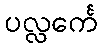
ပလ္လင်္ကေ